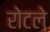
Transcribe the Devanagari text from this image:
रोटले